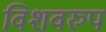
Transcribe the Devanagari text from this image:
विशवरुप